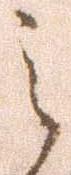
之